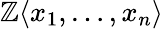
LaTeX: \mathbb{Z}\langle x_{1},\ldots,x_{n}\rangle